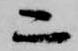
二